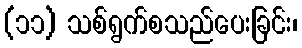
(၁၁) သစ်ရွက်စသည်ပေးခြင်း၊